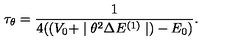
\tau _ { \theta } = \frac { 1 } { 4 ( ( V _ { 0 } + \mid \theta ^ { 2 } \Delta E ^ { ( 1 ) } \mid ) - E _ { 0 } ) } .